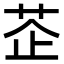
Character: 𦮳